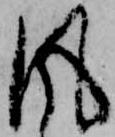
風